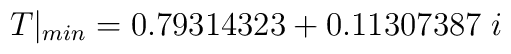
T|_{min}=0.79314323+ 0.11307387\;i